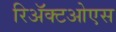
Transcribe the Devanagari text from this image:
रिॲक्टओएस